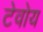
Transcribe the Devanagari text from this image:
टेवोय